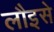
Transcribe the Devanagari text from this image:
लौइसे